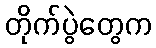
တိုက်ပွဲတွေက